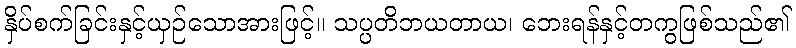
နှိပ်စက်ခြင်းနှင့်ယှဉ်သောအားဖြင့်။ သပ္ပတိဘယတာယ၊ ဘေးရန်နှင့်တကွဖြစ်သည်၏